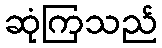
ဆုံကြသည်